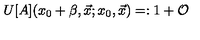
U [ A ] ( x _ { 0 } + \beta , \vec { x } ; x _ { 0 } , \vec { x } ) = : 1 + { \cal O }